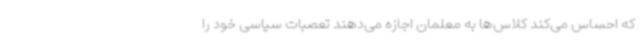
که احساس می‌کند کلاس‌ها به معلمان اجازه می‌دهند تعصبات سیاسی خود را